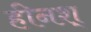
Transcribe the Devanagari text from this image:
हीनश्